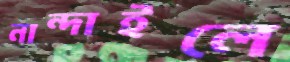
নান্দাইলে